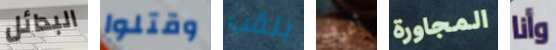
البدائل وقتلوا بلقب أعرف المجاورة وأنا